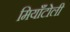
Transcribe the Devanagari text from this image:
मियाँटोली